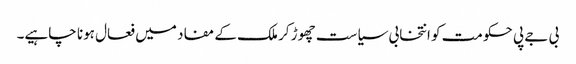
بی جے پی حکومت کو انتخابی سیاست چھوڑ کر ملک کے مفاد میں فعال ہونا چاہیے۔